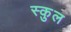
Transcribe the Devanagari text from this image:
स्‍कुल